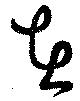
在